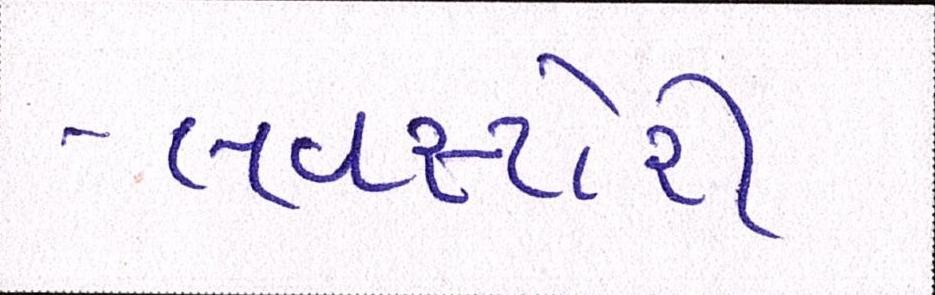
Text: લવસ્ટોરી